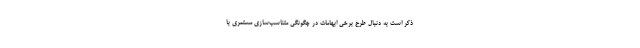
ذکر است به دنبال طرح برخی ابهامات در چگونگی متناسب‌سازی مستمری با